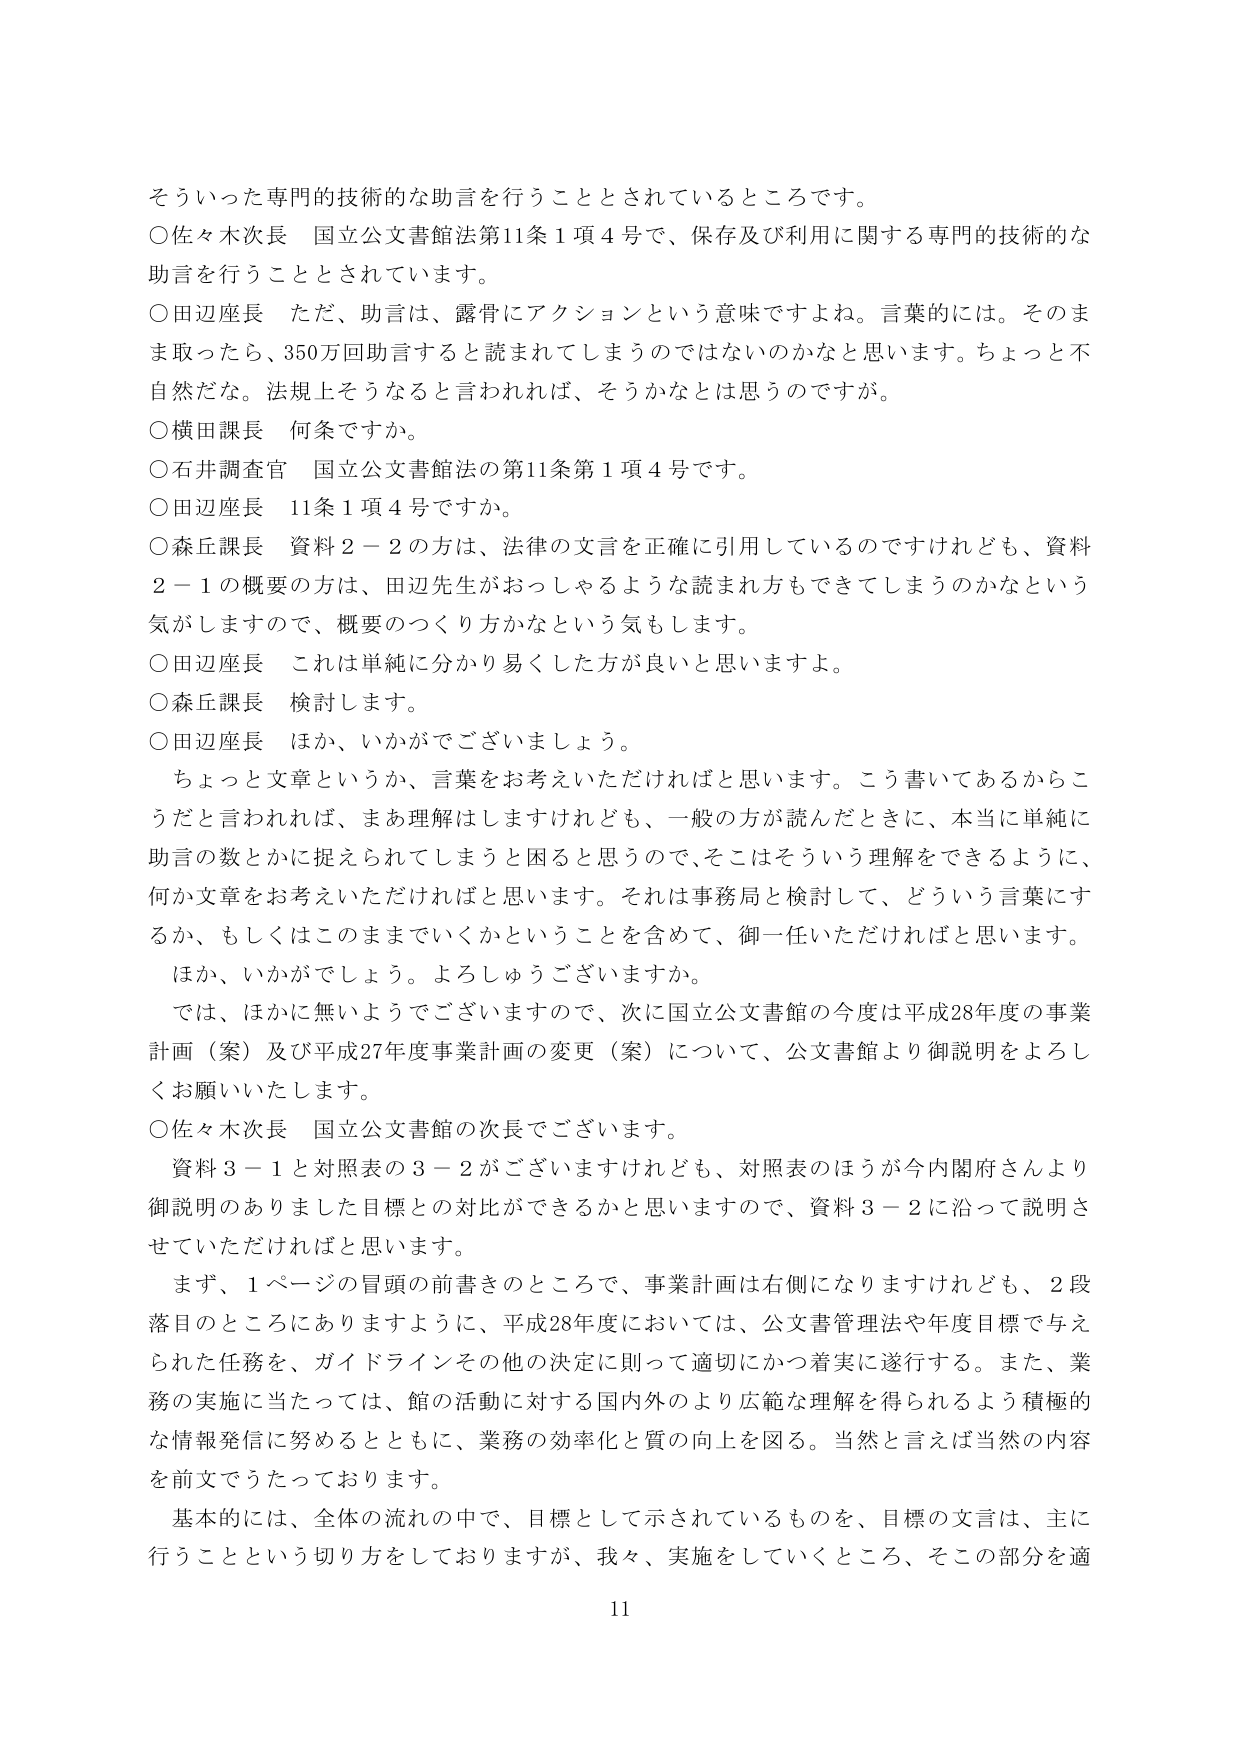
そういった専門的技術的な助言を行うこととされているところです。
○佐々木次長 国立公文書館法第11条1項4号で、保存及び利用に関する専門的技術的な助言を行うこととされています。
○田辺座長 ただ、助言は、露骨にアクションという意味ですよね。言葉的には。そのまま取ったら、350万回助言すると読まれてしまうのではないのかなと思います。ちょっと不自然だな。法規上そうなると言われれば、そうかなとは思うのですが。
○横田課長 何条ですか。
○石井調査官 国立公文書館法の第11条第1項4号です。
○田辺座長 11条1項4号ですか。
○森丘課長 資料2－2の方は、法律の文言を正確に引用しているのですけれども、資料2－1の概要の方は、田辺先生がおっしゃるような読まれ方もできてしまうのかなという気がしますので、概要のつくり方かなという気もします。
○田辺座長 これは単純に分かり易くした方が良いと思いますよ。
○森丘課長 検討します。
○田辺座長 ほか、いかがでございましょう。
ちょっと文章というか、言葉をお考えいただければと思います。こう書いてあるからこうだと言われれば、まあ理解はしますけれども、一般の方が読んだときに、本当に単純に助言の数とかに捉えられてしまうと困ると思うので、そこはそういう理解ができるように、何か文章をお考えいただければと思います。それは事務局と検討して、どういう言葉にするか、もしくはこのまましていくかということを含めて、御一任いただければと思います。
ほか、いかがでしょう。よろしゅうございますか。
では、ほかに無いようでございますので、次に国立公文書館の今度は平成28年度の事業計画（案）及び平成27年度事業計画の変更（案）について、公文書館より御説明をよろしくお願いいたします。
○佐々木次長 国立公文書館の次長でございます。
資料3－1と対照表の3－2がございますけれども、対照表のほうが今内閣府さんより御説明のありました目標との対比ができると思いますので、資料3－2に沿って説明させていただければと思います。
まず、1ページの冒頭の前書きのところで、事業計画は右側になりますけれども、2段落目のところにありますように、平成28年度においては、公文書管理法や年度目標で与えられた任務を、ガイドラインその他の決定に則って適切にかつ着実に遂行する。また、業務の実施に当たっては、館の活動に対する国内外のより広範な理解を得られるよう積極的な情報発信に努めるとともに、業務の効率化と質の向上を図る。当然と言えば当然の内容を前文でうたっております。
基本的には、全体の流れの中で、目標として示されているものを、目標の文言は、主に行うことという切り方をしておりますが、我々、実施をしていくところ、そこの部分を適
11